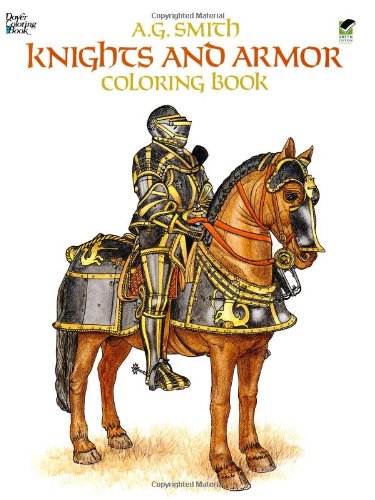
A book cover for Knights and Armor Coloring Book (Dover Fashion Coloring Book); A. G. Smith; Children's Books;